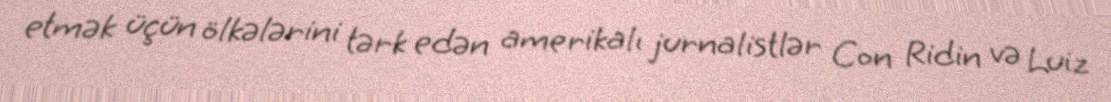
etmək üçün ölkələrini tərk edən amerikalı jurnalistlər Con Ridin və Luiz